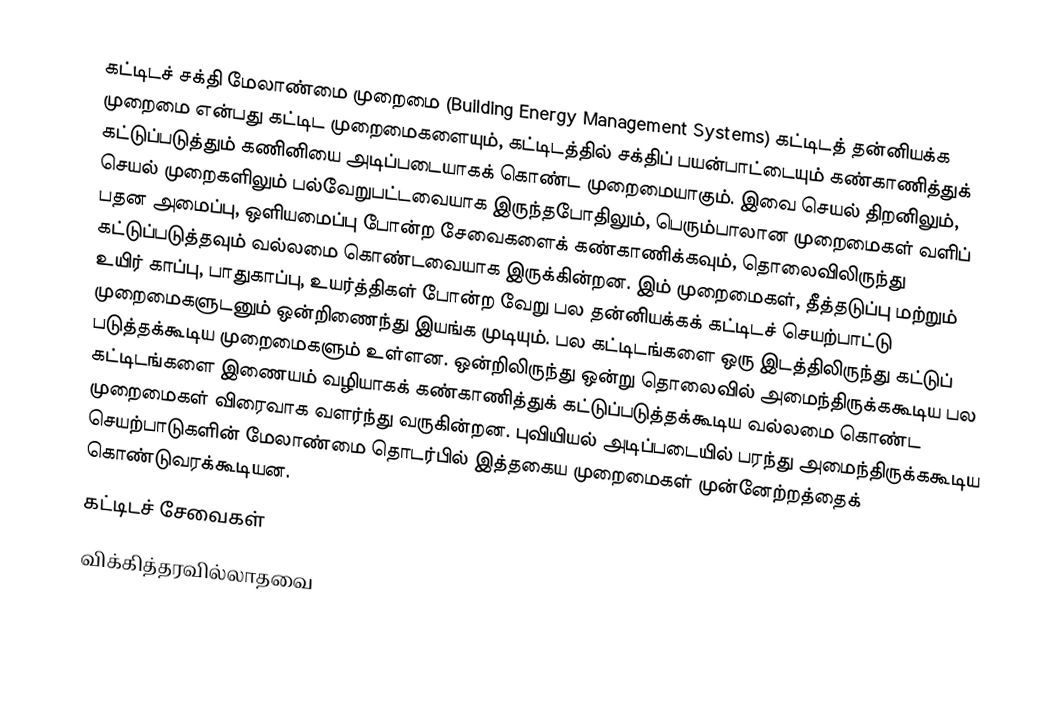
கட்டிடச் சக்தி மேலாண்மை முறைமை (Building Energy Management Systems) கட்டிடத் தன்னியக்க முறைமை என்பது கட்டிட முறைமைகளையும், கட்டிடத்தில் சக்திப் பயன்பாட்டையும் கண்காணித்துக் கட்டுப்படுத்தும் கணினியை அடிப்படையாகக் கொண்ட முறைமையாகும். இவை செயல் திறனிலும், செயல் முறைகளிலும் பல்வேறுபட்டவையாக இருந்தபோதிலும், பெரும்பாலான முறைமைகள் வளிப் பதன அமைப்பு, ஒளியமைப்பு போன்ற சேவைகளைக் கண்காணிக்கவும், தொலைவிலிருந்து கட்டுப்படுத்தவும் வல்லமை கொண்டவையாக இருக்கின்றன. இம் முறைமைகள், தீத்தடுப்பு மற்றும் உயிர் காப்பு, பாதுகாப்பு, உயர்த்திகள் போன்ற வேறு பல தன்னியக்கக் கட்டிடச் செயற்பாட்டு முறைமைகளுடனும் ஒன்றிணைந்து இயங்க முடியும். பல கட்டிடங்களை ஒரு இடத்திலிருந்து கட்டுப் படுத்தக்கூடிய முறைமைகளும் உள்ளன. ஒன்றிலிருந்து ஒன்று தொலைவில் அமைந்திருக்ககூடிய பல கட்டிடங்களை இணையம் வழியாகக் கண்காணித்துக் கட்டுப்படுத்தக்கூடிய வல்லமை கொண்ட முறைமைகள் விரைவாக வளர்ந்து வருகின்றன. புவியியல் அடிப்படையில் பரந்து அமைந்திருக்ககூடிய செயற்பாடுகளின் மேலாண்மை தொடர்பில் இத்தகைய முறைமைகள் முன்னேற்றத்தைக் கொண்டுவரக்கூடியன.
கட்டிடச் சேவைகள்
விக்கித்தரவில்லாதவை